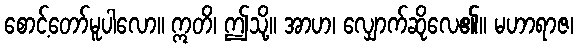
စောင့်တော်မူပါလော။ ဣတိ၊ ဤသို့။ အာဟ၊ လျှောက်ဆိုလေ၏။ မဟာရာဇ၊